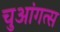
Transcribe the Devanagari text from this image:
चुआंगत्स